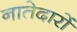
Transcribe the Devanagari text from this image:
नातेदारों